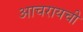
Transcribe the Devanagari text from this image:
आचरायची